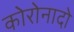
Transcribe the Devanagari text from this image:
कोरोनादो